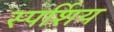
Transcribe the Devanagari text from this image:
स्पर्शिय